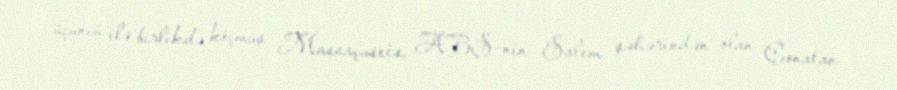
üçüncü ilə birlikdə köçmüş Massaçusets, ABŞ-nin Salem şəhərindən olan Conatan